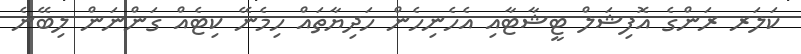
ކަލަރ ރަންގެ އޮފިޝަލް ޓީޝާޓާއި އެހެނިހެން ހަދިޔާތައް ހިމެނޭ ކިޓެއް ގަންނަން ލިބޭނެ